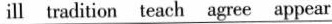
ill tradition teach agree appear